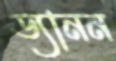
ড্যানন